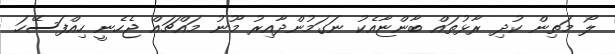
ލޯ މަތިން ކުދި ރާޅުތައް ބާންޏާއެކު ނަގަމުންދާއިރު މޫނު މައްޗައް ޖެހެނީ ހިއްފަސޭހަ